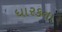
ધારકના